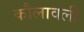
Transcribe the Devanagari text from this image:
कौलावली